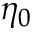
\eta _ { 0 }